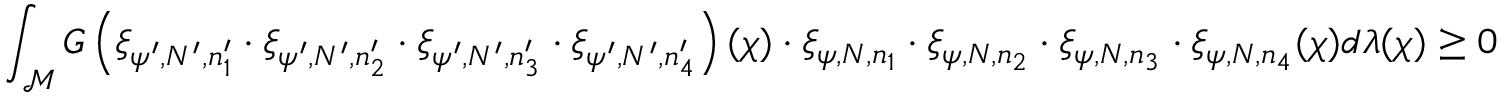
\int _ { \mathcal { M } } G \left( \xi _ { \psi ^ { \prime } , N ^ { \prime } , n _ { 1 } ^ { \prime } } \cdot \xi _ { \psi ^ { \prime } , N ^ { \prime } , n _ { 2 } ^ { \prime } } \cdot \xi _ { \psi ^ { \prime } , N ^ { \prime } , n _ { 3 } ^ { \prime } } \cdot \xi _ { \psi ^ { \prime } , N ^ { \prime } , n _ { 4 } ^ { \prime } } \right) ( \chi ) \cdot \xi _ { \psi , N , n _ { 1 } } \cdot \xi _ { \psi , N , n _ { 2 } } \cdot \xi _ { \psi , N , n _ { 3 } } \cdot \xi _ { \psi , N , n _ { 4 } } ( \chi ) d \lambda ( \chi ) \geq 0